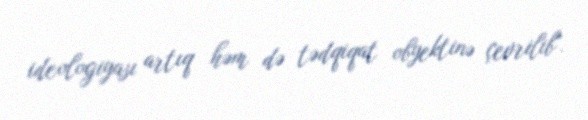
ideologiyası artıq həm də tədqiqat obyektinə çevrilib".